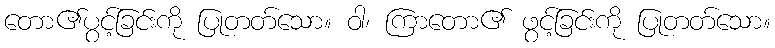
တော၏ပွင့်ခြင်းကို ပြုတတ်သော။ ဝါ၊ ကြာတော၏ ဖွင့်ခြင်းကို ပြုတတ်သော။